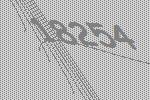
18254